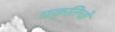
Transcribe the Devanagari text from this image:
प्रकृतिचो